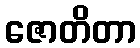
ဇောတိတာ